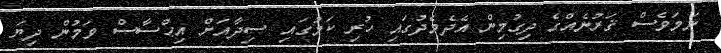
ނަމަވެސް ޤަރުނެއްގެ ދިގުމިން އެދެމެދުގައި ހުރި ކަމުގައި ސިދާއަށް އިޙްސާސް ވަމުން ދިޔަ